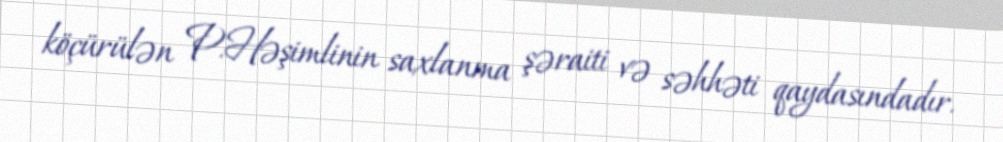
köçürülən P.Həşimlinin saxlanma şəraiti və səhhəti qaydasındadır.